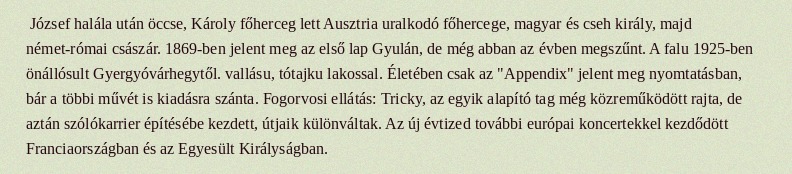
József halála után öccse, Károly főherceg lett Ausztria uralkodó főhercege, magyar és cseh király, majd német-római császár. 1869-ben jelent meg az első lap Gyulán, de még abban az évben megszűnt. A falu 1925-ben önállósult Gyergyóvárhegytől. vallásu, tótajku lakossal. Életében csak az "Appendix" jelent meg nyomtatásban, bár a többi művét is kiadásra szánta. Fogorvosi ellátás: Tricky, az egyik alapító tag még közreműködött rajta, de aztán szólókarrier építésébe kezdett, útjaik különváltak. Az új évtized további európai koncertekkel kezdődött Franciaországban és az Egyesült Királyságban.